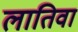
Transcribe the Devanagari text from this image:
लातिवा